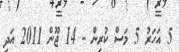
5 އަހަރު 5 މަސް ކުރިން - 14 ޖޫން 2011 އަދި